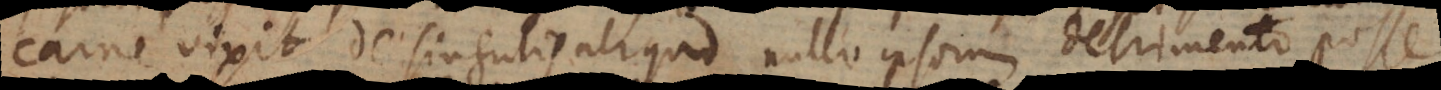
carne vixit de singulis aliquid nullo ipsorum detrimento posse